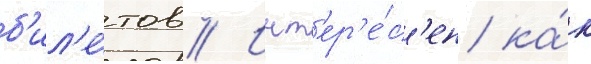
б'ил'е́тов // Инт'ер'е́с'ен ка́к